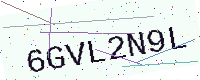
Text: 6GVL2N9L